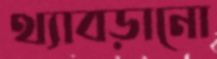
থ্যাবড়ানো